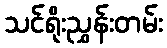
သင်ရိုးညွှန်းတမ်း